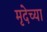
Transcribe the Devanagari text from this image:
मृदेच्या